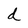
Character: d